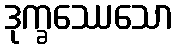
ဒုက္ခဿေသော